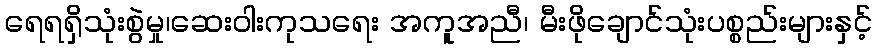
ရေရရှိသုံးစွဲမှု၊ဆေးဝါးကုသရေး အကူအညီ၊ မီးဖိုချောင်သုံးပစ္စည်းများနှင့်